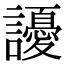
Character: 䜡